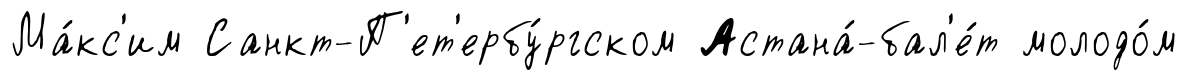
Ма́кс'им Санкт-П'ет'ербу́ргском Астана́-бал'е́т молодо́м